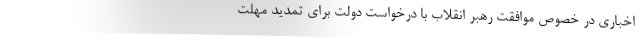
اخباری در خصوص موافقت رهبر انقلاب با درخواست دولت برای تمدید مهلت